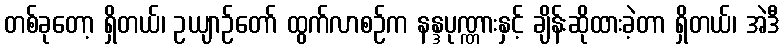
တစ်ခုတော့ ရှိတယ်၊ ဥယျာဉ်တော် ထွက်လာစဉ်က နန္ဒပုဏ္ဏားနှင့် ချိန်းဆိုထားခဲ့တာ ရှိတယ်၊ အဲဒီ